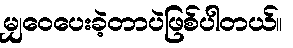
မျှဝေပေးခဲ့တာပဲဖြစ်ပါတယ်။